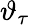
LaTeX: \vartheta_{\tau}